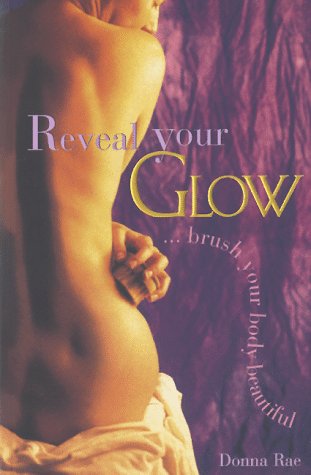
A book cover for Reveal Your Glow . . . Brush Your Body Beautiful; Donna Rae; Health, Fitness & Dieting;